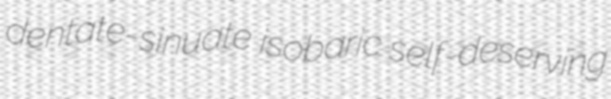
dentate-sinuate isobaric self-deserving